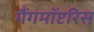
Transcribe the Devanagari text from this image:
गैंगमॉप्टरिस